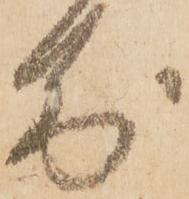
前